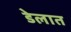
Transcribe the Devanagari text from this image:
डेलात